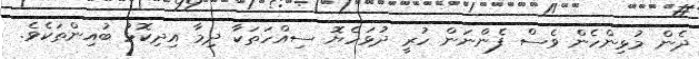
ދެން މުޅިންހެން ވެސް ފެންނަން ހުރީ ދުޅަހެޔޮ ސިއްހަތަކާ ދިމާ އިދިކޮޅު ބުއިންތަކެވެ.